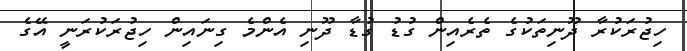
ހިޖުރަކުރާ ދޫނިތަކުގެ ތެރެއިން ގުޑު ގުޑާ ދޫނި އެންމެ ގިނައިން ހިޖުރަކުރަނީ އޭގެ